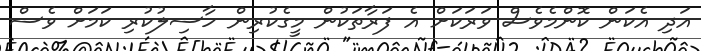
އަދި އެކަން ކޮންމެވެސް ވަރަކަށް އެ ފަރާތަކުން މީގެކުރިން ހާސިލުކުރި ކަމަށް ވެސް